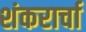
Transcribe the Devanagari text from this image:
शंकरार्चा